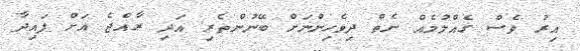
އިރު ވެސް ގެއްލުމެއް ނެތް ދިވެހިންނަށް ބޭނުންތެރި އަދި ރާއްޖެ އަށް ފައިދާ